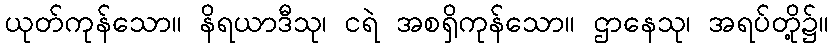
ယုတ်ကုန်သော။ နိရယာဒီသု၊ ငရဲ အစရှိကုန်သော။ ဌာနေသု၊ အရပ်တို့၌။